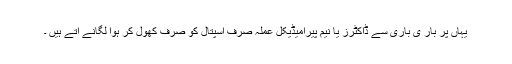
یہاں پر بار ی باری سے ڈاکٹرز یا نیم پیرامیڈیکل عملہ صرف اسپتال کو صرف کھول کر ہوا لگانے آتے ہیں ۔